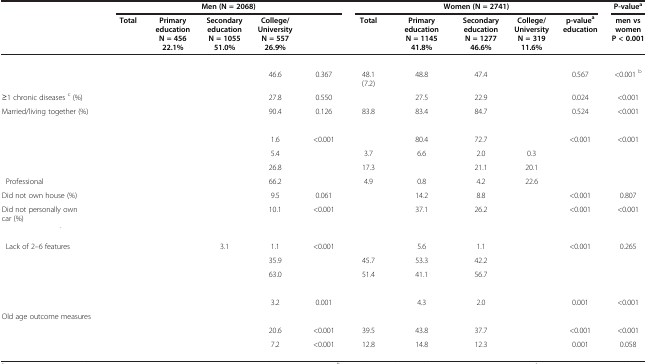
<table><thead><tr><td>[EMPTY_CELL]</td><td colspan="5"><b>Men (N = 2068)</b></td><td colspan="5"><b>Women (N = 2741)</b></td><td><b>P-value<sup>a</sup></b></td></tr><tr><td>[EMPTY_CELL]</td><td><b>Total</b></td><td><b>Primary education N = 456 22.1%</b></td><td><b>Secondary education N = 1055 51.0%</b></td><td><b>College/ UniversityN = 557 26.9%</b></td><td>[EMPTY_CELL]</td><td><b>Total</b></td><td><b>Primary education N = 1145 41.8%</b></td><td><b>Secondary education N = 1277 46.6%</b></td><td><b>College/ UniversityN = 319 11.6%</b></td><td><b>p-value<sup>a </sup>education</b></td><td><b>men vs women P &lt; 0.001</b></td></tr></thead><tbody><tr><td>[EMPTY_CELL]</td><td>[EMPTY_CELL]</td><td>[EMPTY_CELL]</td><td>[EMPTY_CELL]</td><td>[EMPTY_CELL]</td><td>[EMPTY_CELL]</td><td>[EMPTY_CELL]</td><td>[EMPTY_CELL]</td><td>[EMPTY_CELL]</td><td>[EMPTY_CELL]</td><td>[EMPTY_CELL]</td><td>[EMPTY_CELL]</td></tr><tr><td>[EMPTY_CELL]</td><td>[EMPTY_CELL]</td><td>[EMPTY_CELL]</td><td>[EMPTY_CELL]</td><td>46.6</td><td>0.367</td><td>48.1 (7.2)</td><td>48.8</td><td>47.4</td><td>[EMPTY_CELL]</td><td>0.567</td><td>&lt;0.001 <sup>b</sup></td></tr><tr><td>≥1 chronic diseases <sup>c</sup> (%)</td><td>[EMPTY_CELL]</td><td>[EMPTY_CELL]</td><td>[EMPTY_CELL]</td><td>27.8</td><td>0.550</td><td>[EMPTY_CELL]</td><td>27.5</td><td>22.9</td><td>[EMPTY_CELL]</td><td>0.024</td><td>&lt;0.001</td></tr><tr><td>Married/living together (%)</td><td>[EMPTY_CELL]</td><td>[EMPTY_CELL]</td><td>[EMPTY_CELL]</td><td>90.4</td><td>0.126</td><td>83.8</td><td>83.4</td><td>84.7</td><td>[EMPTY_CELL]</td><td>0.524</td><td>&lt;0.001</td></tr><tr><td>[EMPTY_CELL]</td><td>[EMPTY_CELL]</td><td>[EMPTY_CELL]</td><td>[EMPTY_CELL]</td><td>[EMPTY_CELL]</td><td>[EMPTY_CELL]</td><td>[EMPTY_CELL]</td><td>[EMPTY_CELL]</td><td>[EMPTY_CELL]</td><td>[EMPTY_CELL]</td><td>[EMPTY_CELL]</td><td>[EMPTY_CELL]</td></tr><tr><td>[EMPTY_CELL]</td><td>[EMPTY_CELL]</td><td>[EMPTY_CELL]</td><td>[EMPTY_CELL]</td><td>1.6</td><td rowspan="4">&lt;0.001</td><td>[EMPTY_CELL]</td><td>80.4</td><td>72.7</td><td>[EMPTY_CELL]</td><td>&lt;0.001</td><td>&lt;0.001</td></tr><tr><td>[EMPTY_CELL]</td><td>[EMPTY_CELL]</td><td>[EMPTY_CELL]</td><td>[EMPTY_CELL]</td><td>5.4</td><td>3.7</td><td>6.6</td><td>2.0</td><td>0.3</td><td>[EMPTY_CELL]</td><td>[EMPTY_CELL]</td></tr><tr><td>[EMPTY_CELL]</td><td>[EMPTY_CELL]</td><td>[EMPTY_CELL]</td><td>[EMPTY_CELL]</td><td>26.8</td><td>17.3</td><td>[EMPTY_CELL]</td><td>21.1</td><td>20.1</td><td>[EMPTY_CELL]</td><td>[EMPTY_CELL]</td></tr><tr><td> Professional</td><td>[EMPTY_CELL]</td><td>[EMPTY_CELL]</td><td>[EMPTY_CELL]</td><td>66.2</td><td>4.9</td><td>0.8</td><td>4.2</td><td>22.6</td><td>[EMPTY_CELL]</td><td>[EMPTY_CELL]</td></tr><tr><td>Did not own house (%)</td><td>[EMPTY_CELL]</td><td>[EMPTY_CELL]</td><td>[EMPTY_CELL]</td><td>9.5</td><td>0.061</td><td>[EMPTY_CELL]</td><td>14.2</td><td>8.8</td><td>[EMPTY_CELL]</td><td>&lt;0.001</td><td>0.807</td></tr><tr><td>Did not personally own car (%)</td><td>[EMPTY_CELL]</td><td>[EMPTY_CELL]</td><td>[EMPTY_CELL]</td><td>10.1</td><td>&lt;0.001</td><td>[EMPTY_CELL]</td><td>37.1</td><td>26.2</td><td>[EMPTY_CELL]</td><td>&lt;0.001</td><td>&lt;0.001</td></tr><tr><td>[EMPTY_CELL]</td><td>[EMPTY_CELL]</td><td>[EMPTY_CELL]</td><td>[EMPTY_CELL]</td><td>[EMPTY_CELL]</td><td>[EMPTY_CELL]</td><td>[EMPTY_CELL]</td><td>[EMPTY_CELL]</td><td>[EMPTY_CELL]</td><td>[EMPTY_CELL]</td><td>[EMPTY_CELL]</td><td>[EMPTY_CELL]</td></tr><tr><td> Lack of 2–6 features</td><td>[EMPTY_CELL]</td><td>[EMPTY_CELL]</td><td>3.1</td><td>1.1</td><td>&lt;0.001</td><td>[EMPTY_CELL]</td><td>5.6</td><td>1.1</td><td>[EMPTY_CELL]</td><td>&lt;0.001</td><td>0.265</td></tr><tr><td>[EMPTY_CELL]</td><td>[EMPTY_CELL]</td><td>[EMPTY_CELL]</td><td>[EMPTY_CELL]</td><td>35.9</td><td>[EMPTY_CELL]</td><td>45.7</td><td>53.3</td><td>42.2</td><td>[EMPTY_CELL]</td><td>[EMPTY_CELL]</td><td>[EMPTY_CELL]</td></tr><tr><td>[EMPTY_CELL]</td><td>[EMPTY_CELL]</td><td>[EMPTY_CELL]</td><td>[EMPTY_CELL]</td><td>63.0</td><td>[EMPTY_CELL]</td><td>51.4</td><td>41.1</td><td>56.7</td><td>[EMPTY_CELL]</td><td>[EMPTY_CELL]</td><td>[EMPTY_CELL]</td></tr><tr><td>[EMPTY_CELL]</td><td>[EMPTY_CELL]</td><td>[EMPTY_CELL]</td><td>[EMPTY_CELL]</td><td>[EMPTY_CELL]</td><td>[EMPTY_CELL]</td><td>[EMPTY_CELL]</td><td>[EMPTY_CELL]</td><td>[EMPTY_CELL]</td><td>[EMPTY_CELL]</td><td>[EMPTY_CELL]</td><td>[EMPTY_CELL]</td></tr><tr><td>[EMPTY_CELL]</td><td>[EMPTY_CELL]</td><td>[EMPTY_CELL]</td><td>[EMPTY_CELL]</td><td>3.2</td><td>0.001</td><td>[EMPTY_CELL]</td><td>4.3</td><td>2.0</td><td>[EMPTY_CELL]</td><td>0.001</td><td>&lt;0.001</td></tr><tr><td>Old age outcome measures</td><td>[EMPTY_CELL]</td><td>[EMPTY_CELL]</td><td>[EMPTY_CELL]</td><td>[EMPTY_CELL]</td><td>[EMPTY_CELL]</td><td>[EMPTY_CELL]</td><td>[EMPTY_CELL]</td><td>[EMPTY_CELL]</td><td>[EMPTY_CELL]</td><td>[EMPTY_CELL]</td><td>[EMPTY_CELL]</td></tr><tr><td>[EMPTY_CELL]</td><td>[EMPTY_CELL]</td><td>[EMPTY_CELL]</td><td>[EMPTY_CELL]</td><td>20.6</td><td>&lt;0.001</td><td>39.5</td><td>43.8</td><td>37.7</td><td>[EMPTY_CELL]</td><td>&lt;0.001</td><td>&lt;0.001</td></tr><tr><td>[EMPTY_CELL]</td><td>[EMPTY_CELL]</td><td>[EMPTY_CELL]</td><td>[EMPTY_CELL]</td><td>7.2</td><td>&lt;0.001</td><td>12.8</td><td>14.8</td><td>12.3</td><td>[EMPTY_CELL]</td><td>0.001</td><td>0.058</td></tr></tbody></table>